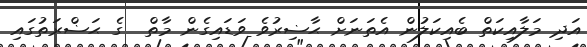
އަދި މަލާއިކަތް ބެއިކަލުން އެތަނަށް ޙާޟިރުވެ ވަޑައިގެން މާތް  ގެ ޙަޟްރަތުގައި